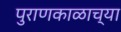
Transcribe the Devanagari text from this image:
पुराणकाळाच्या